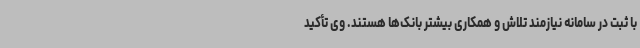
با ثبت در سامانه نیازمند تلاش و همکاری بیشتر بانک‌ها هستند. وی تأکید